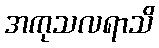
အကုသလရာသိ